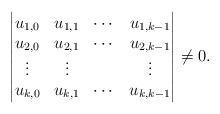
LaTeX: \begin{align*}\begin{vmatrix} u_{1,0}&u_{1,1}&\cdots&u_{1,k-1}\\u_{2,0}&u_{2,1}&\cdots&u_{2,k-1}\\\vdots&\vdots& &\vdots\\u_{k,0}&u_{k,1}&\cdots&u_{k,k-1}\end{vmatrix}\neq 0.\end{align*}